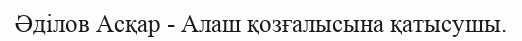
Әділов Асқар - Алаш қозғалысына қатысушы.